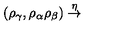
( \rho _ { \gamma } , \rho _ { \alpha } \rho _ { \beta } ) \stackrel { \eta } { \rightarrow }